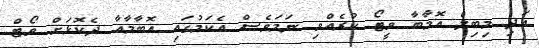
އަދި މިބިލް އޮމާބާ ވީޓޯ ކުރެއްވި ނަމަވެސް އެކަމުގައި އޮބާމާއާ ދެކޮޅަށް ވޯޓް